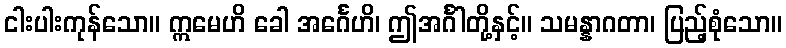
ငါးပါးကုန်သော။ ဣမေဟိ ခေါ အင်္ဂေဟိ၊ ဤအင်္ဂါတို့နှင့်။ သမန္နာဂတာ၊ ပြည့်စုံသော။